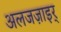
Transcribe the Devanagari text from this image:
अलजज़ाइर्